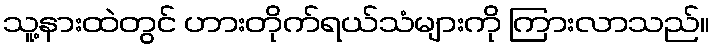
သူ့နားထဲတွင် ဟားတိုက်ရယ်သံများကို ကြားလာသည်။